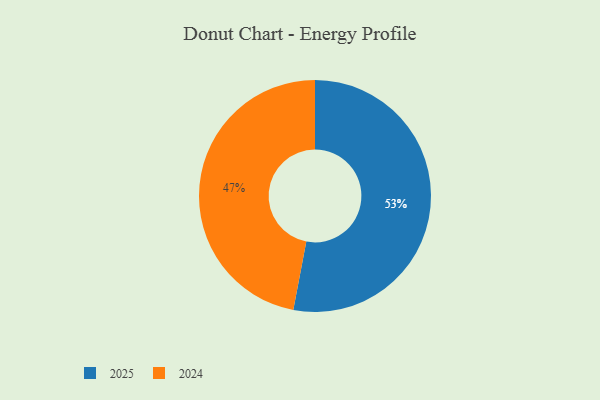
{"axis": {"x": "Category", "y": "Percentage"}, "legend": ["2024", "2025"], "data": [{"x": "2025", "y": 53, "type": "2025"}, {"x": "2024", "y": 47, "type": "2024"}]}